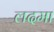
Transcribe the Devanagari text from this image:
लदमा